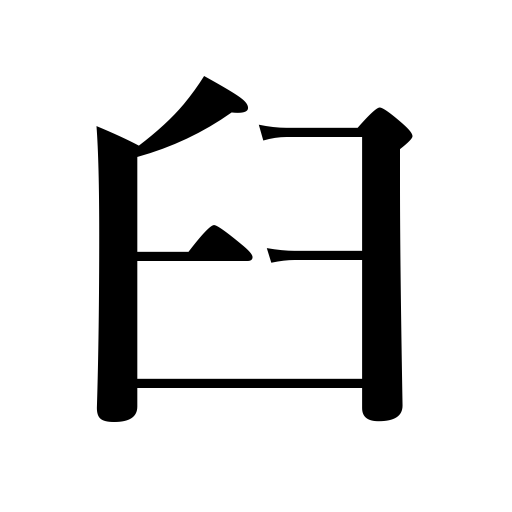
Meanings: hand mill,mortar